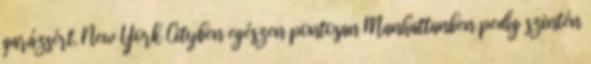
garázsért. New York Cityben egészen pontosan Manhattanben pedig szintén